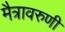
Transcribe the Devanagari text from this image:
मैत्रावरुणी